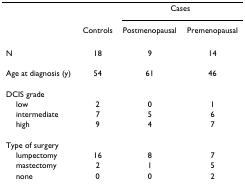
<table><thead><tr><td></td><td></td><td colspan="2"><b>Cases</b></td></tr><tr><td></td><td><b>Controls</b></td><td><b>Postmenopausal</b></td><td><b>Premenopausal</b></td></tr></thead><tbody><tr><td>N</td><td>18</td><td>9</td><td>14</td></tr><tr><td>Age at diagnosis (y)</td><td>54</td><td>61</td><td>46</td></tr><tr><td>DCIS grade</td><td></td><td></td><td></td></tr><tr><td> low</td><td>2</td><td>0</td><td>1</td></tr><tr><td> intermediate</td><td>7</td><td>5</td><td>6</td></tr><tr><td> high</td><td>9</td><td>4</td><td>7</td></tr><tr><td>Type of surgery</td><td></td><td></td><td></td></tr><tr><td> lumpectomy</td><td>16</td><td>8</td><td>7</td></tr><tr><td> mastectomy</td><td>2</td><td>1</td><td>5</td></tr><tr><td> none</td><td>0</td><td>0</td><td>2</td></tr></tbody></table>